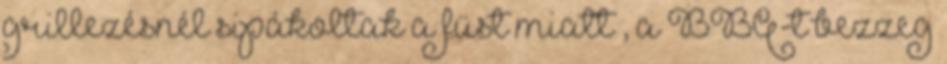
grillezésnél sipákoltak a füst miatt , a BBQ-t bezzeg